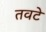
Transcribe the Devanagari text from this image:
तवटे